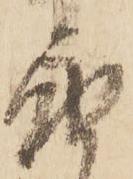
届